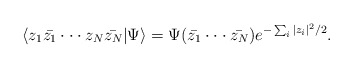
\begin{align*}\langle z_1 \bar{z_1} \cdot \cdot \cdot z_N \bar{z_N}|\Psi \rangle=\Psi (\bar{z_1} \cdot \cdot \cdot \bar{z_N}) e^{-\sum_i |z_i|^2/2}.\end{align*}